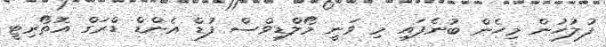
ފުލުހުން މިހެން ބުނެފައި މި ވަނީ މޯލްޑިވްސް ފުޑް އެންޑް ޑްރަގް އޮތޯރިޓީ